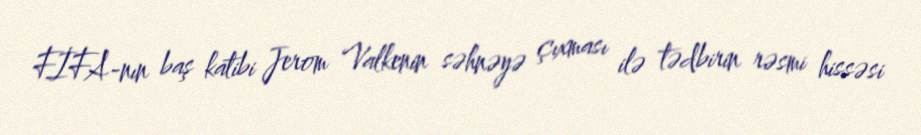
FİFA-nın baş katibi Jerom Valkenin səhnəyə çıxması ilə tədbirin rəsmi hissəsi